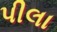
પીલા